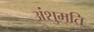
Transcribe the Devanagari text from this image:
अंशुमति